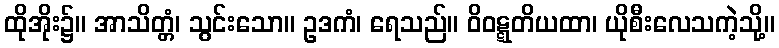
ထိုအိုး၌။ အာသိတ္တံ၊ သွင်းသော။ ဥဒကံ၊ ရေသည်။ ဝိဝဋ္ဋတိယထာ၊ ယိုစီးလေသကဲ့သို့။